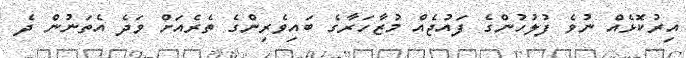
އިރުކޮޅެއް ނުވެ ފުލުހުންގެ ފައުޖެއް މުޒާހަރާގެ ބައިވެރިންގެ ތެރެއަށް ވަދެ އެތަނުން ދެ